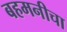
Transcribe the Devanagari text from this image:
बहमनीचा